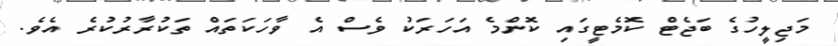
މަޖިލީހުގެ ބަޖެޓް ކޮމެޓީގައި ކޮންމެ އަހަރަކު ވެސް އެ ވާހަކަތައް ތަކުރާރުކުރެ އެވެ.